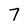
Character: 7